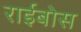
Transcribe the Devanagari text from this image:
राईबोस